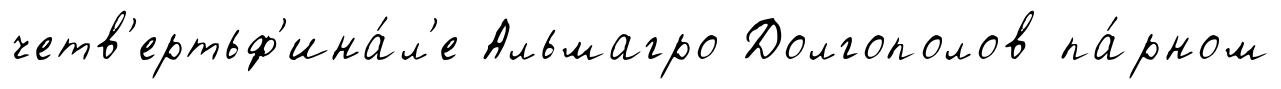
четв'ертьф'ина́л'е Альмагро Долгополов па́рном